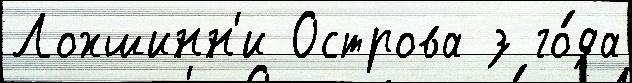
Лохшинн'и Острова з го́да